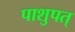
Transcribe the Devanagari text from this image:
पाशुपत्